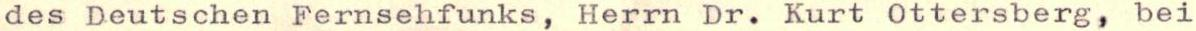
des Deutschen Fernsehfunks, Herrn Dr. Kurt Ottersberg, bei